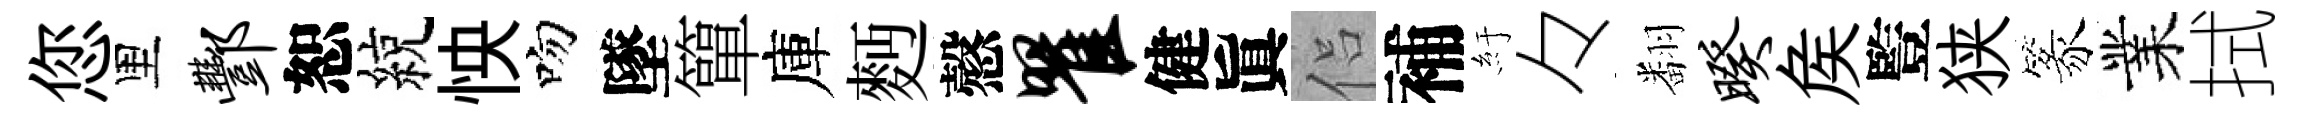
您里酆恕綂怏吻墜簞庫麪慤瞿健眞侣補紆々翻暌矦䜿狭篆業拭